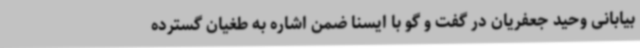
بیابانی وحید جعفریان در گفت و گو با ایسنا ضمن اشاره به طغیان گسترده